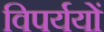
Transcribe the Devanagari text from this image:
विपर्ययों